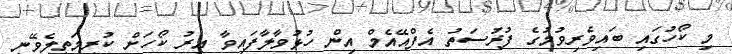
މި ކޯހުގައި ބައިވެރިވުމުގެ ފުރުސަތު އެފްއޭއެމް އިން ހުޅުވާލާފައިވާ އިރު ކޯހަށް ކުރިމަތިލެވޭނީ